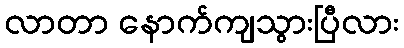
လာတာ နောက်ကျသွားပြီလား